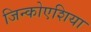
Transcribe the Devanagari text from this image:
जिन्कोएशिया